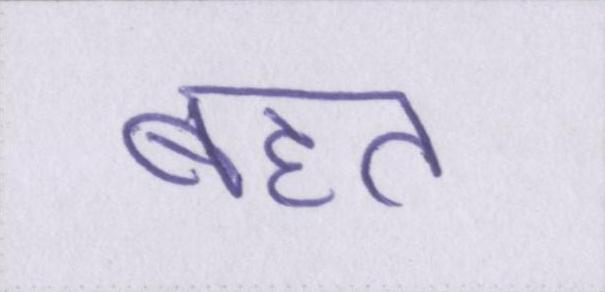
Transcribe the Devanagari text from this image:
बहत